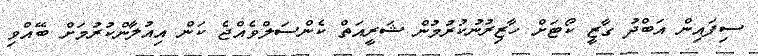
ސިފައިން އަބްދު ގާޒީ ކޯޓަށް ހާޒިރުނުކުރުމުން ޝަރީއަތް ކެންސަލްވެއްޖެ ކަން އިއުލާންކުރުމަށް ބޭއްވި